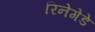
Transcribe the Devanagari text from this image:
रिनेगेडे